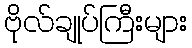
ဗိုလ်ချုပ်ကြီးများ